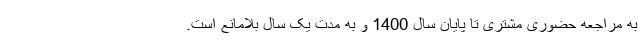
به مراجعه حضوری مشتری تا پایان سال 1400 و به مدت یک سال بلامانع است.